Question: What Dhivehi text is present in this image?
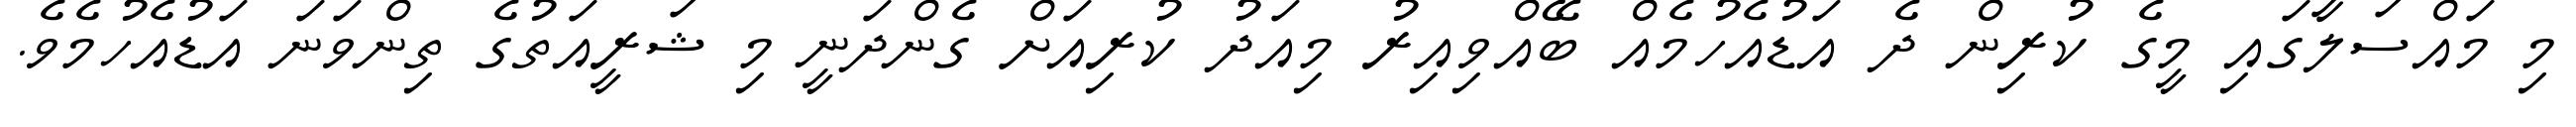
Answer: މި މައްސަލާގައި މީގެ ކުރިން ދެ އަޑުއެހުމެއް ބޭއްވިއިރު މިއަދު ކުރިއަށް ގެންދަނީ މި ޝަރީއަތުގެ ތިންވަނަ އަޑުއެހުމެވެ.